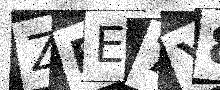
Text: ZRE7Y8